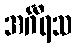
အင်္ဂီရသ